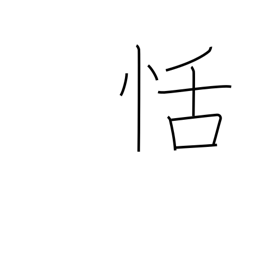
Meaning: composure